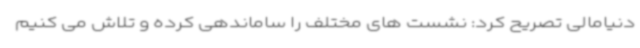
دنیامالی تصریح کرد: نشست های مختلف را ساماندهی کرده و تلاش می کنیم